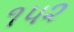
૧પ૨